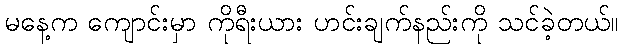
မနေ့က ကျောင်းမှာ ကိုရီးယား ဟင်းချက်နည်းကို သင်ခဲ့တယ်။